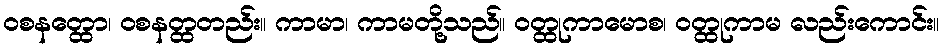
ဝစနတ္ထော၊ ဝစနတ္ထတည်း။ ကာမာ၊ ကာမတို့သည်။ ဝတ္ထုကာမောစ၊ ဝတ္ထုကာမ လည်းကောင်း။